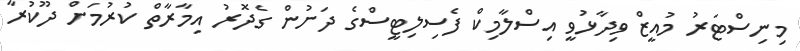
މިނިސްޓަރު މުއީޒް ވިދާޅުވީ އިސްލާމިކް ފެސިލިޓީސްގެ ދަށުން ގެދޮރު އިމާރާތް ކުރުމަށް ދޫކުރާ